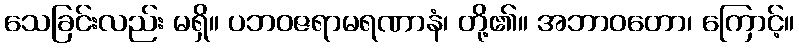
သေခြင်းလည်း မရှိ။ ပဘဝဇရာမရဏာနံ၊ တို့၏။ အဘာဝတော၊ ကြောင့်။